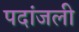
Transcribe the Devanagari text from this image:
पदांजली